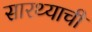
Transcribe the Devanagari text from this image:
सारथ्याची